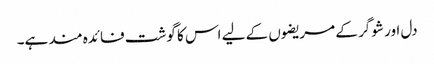
دل اور شوگر کے مریضوں کے لیے اس کا گوشت فائدہ مند ہے۔